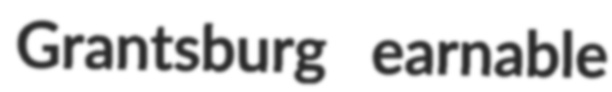
Grantsburg earnable